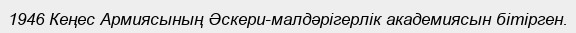
1946 Кеңес Армиясының Әскери-малдәрігерлік академиясын бітірген.